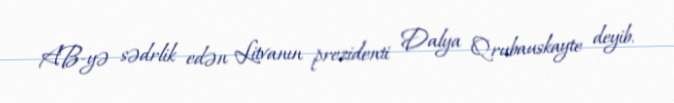
AB-yə sədrlik edən Litvanın prezidenti Dalya Qrubauskayte deyib.